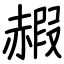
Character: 赮